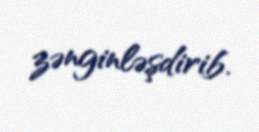
zənginləşdirib.